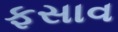
ફસાવ